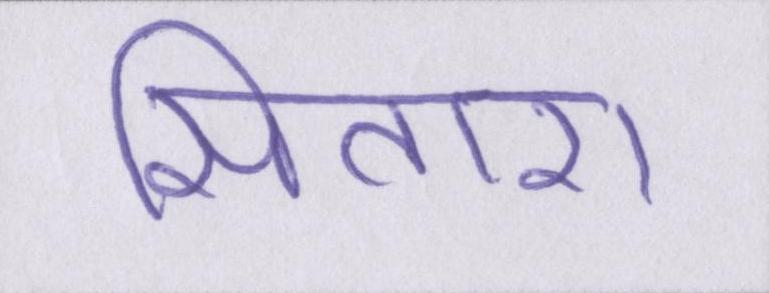
सितारा